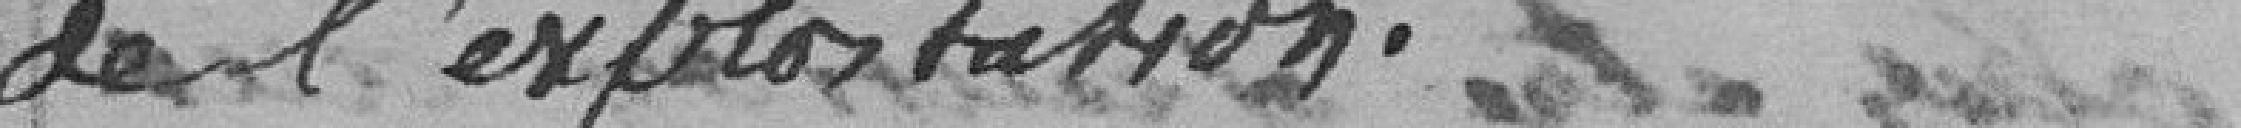
de l'exploitation.